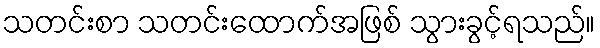
သတင်းစာ သတင်းထောက်အဖြစ် သွားခွင့်ရသည်။